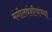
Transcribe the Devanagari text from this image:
मंगोलवंशीयांच्या